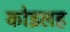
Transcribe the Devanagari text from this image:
कोइलह